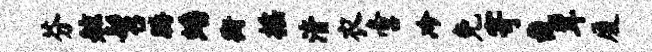
芬舷髫腾蟠衡摇清衣啻冷免寄裁茸厦